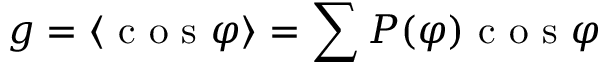
g = \langle \textrm { c o s } \varphi \rangle = \sum P ( \varphi ) \textrm { c o s } \varphi